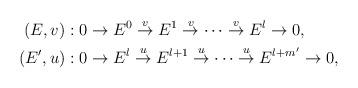
LaTeX: \begin{align*}\begin{aligned}(E, v)&:0\rightarrow E^{0}\overset{v}\rightarrow E^{1}\overset{v}\rightarrow \cdots \overset{v}\rightarrow E^{l}\rightarrow 0, \\(E', u)&:0\rightarrow E^{l}\overset{u}\rightarrow E^{l+1}\overset{u}\rightarrow \cdots \overset{u}\rightarrow E^{l+m'}\rightarrow 0,\end{aligned}\end{align*}